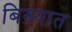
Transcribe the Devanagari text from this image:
बिख़्यात